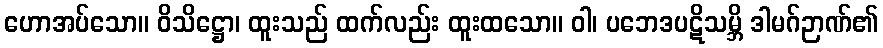
ဟောအပ်သော။ ဝိသိဋ္ဌော၊ ထူးသည် ထက်လည်း ထူးထသော။ ဝါ၊ ပဘေဒပဋိသမ္ဘိ ဒါမဂ်ဉာဏ်၏